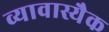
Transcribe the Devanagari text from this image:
व्यावास्यैक